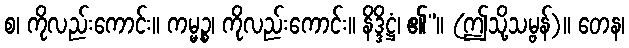
စ၊ ကိုလည်းကောင်း။ ကမ္မဉ္စ၊ ကိုလည်းကောင်း။ နိဒ္ဒိဋ္ဌံ၊ ၏”။ (ဤသို့သမ္ဗန်)။ တေန၊